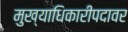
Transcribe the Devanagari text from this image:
मुख्याधिकारीपदावर